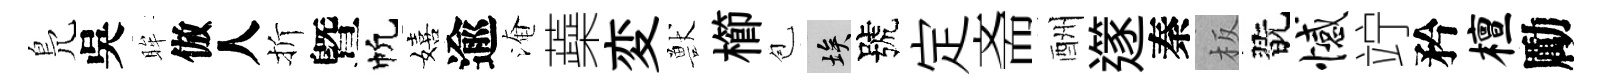
鳬吳眸倣人折曁帆嬉逾淹蘃変獸櫛苞埃號定斋酬𨗹秦板翫憾竚矜檀勵